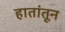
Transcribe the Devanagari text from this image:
हातांतून